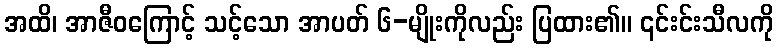
အထိ၊ အာဇီဝကြောင့် သင့်သော အာပတ် ၆-မျိုးကိုလည်း ပြထား၏။ ၎င်းင်းသီလကို